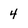
Character: 4